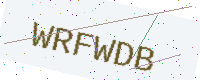
Text: WRFWDB